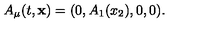
A _ { \mu } ( t , { \bf x } ) = ( 0 , A _ { 1 } ( x _ { 2 } ) , 0 , 0 ) .